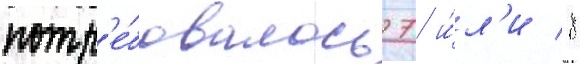
потр'е́бовалось 7 и́л'и 8